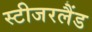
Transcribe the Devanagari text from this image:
स्टीजरलैंड